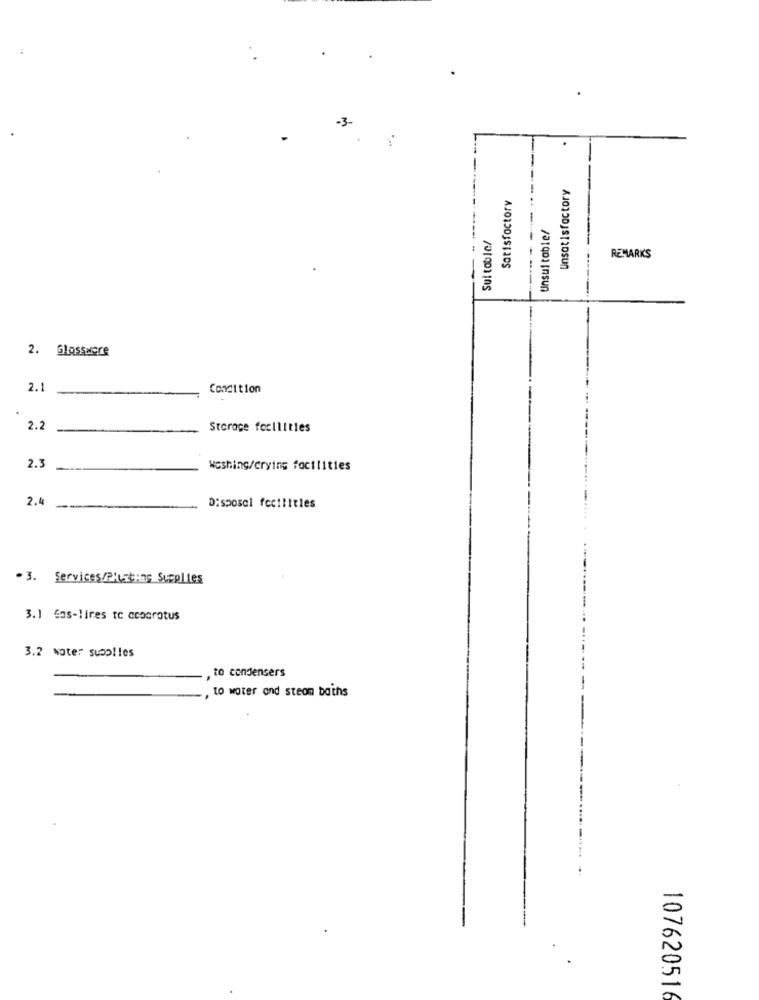
-3-
Satisfactory
Unsatisfactory
Unsuitable/
Sul toble/
----
REMARKS
2. Glosswere
2.1
Condition
2.2
Storage facilities
2.3
Washing/Crying facilities
2.4
Disposal facilities
.3. Services/Plushing Supplies
3.1 Gas-lires to ccoorotus
3.2 water supplies
to condensers
to water and steam baths
10762051